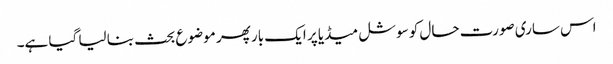
اس ساری صورت حال کو سوشل میڈیا پر ایک بار پھر موضوع بحث بنا لیا گیا ہے۔